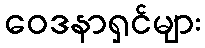
ဝေဒနာရှင်များ